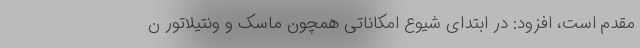
مقدم است، افزود: در ابتدای شیوع امکاناتی همچون ماسک و ونتیلاتور ن